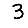
Digit: 3